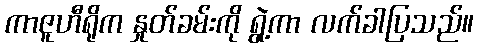
ကာဇူဟီရိုက နှုတ်ခမ်းကို ရွဲ့ကာ လက်ခါပြသည်။